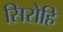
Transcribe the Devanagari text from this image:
सिरोहि